Report on sanitation, dispensaries, and jails in Rajputana for 1911, and on vaccination for the year 1911-1912 - 1911-1912
Year: 1911
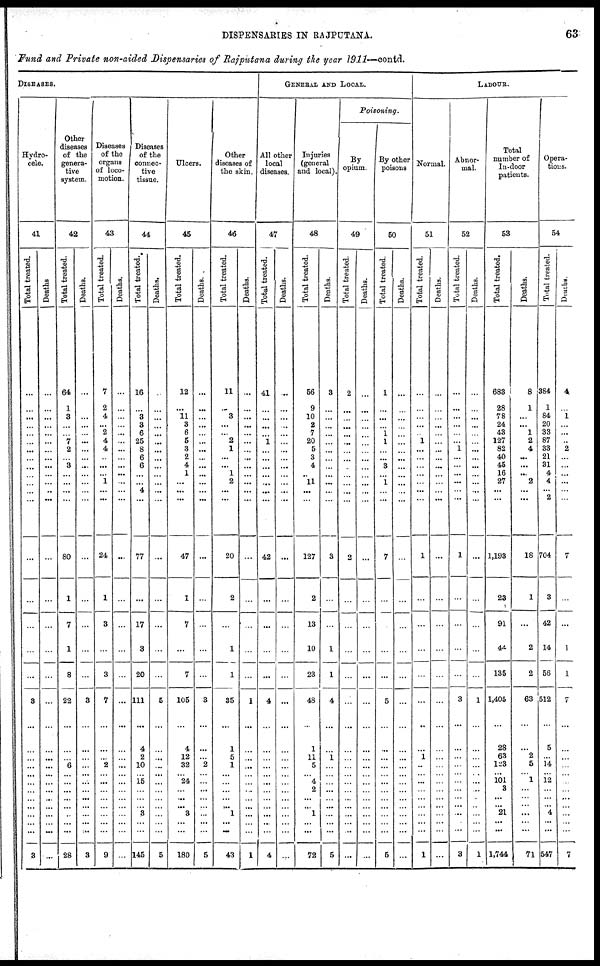
DISPENSARIES IN RAJPUTANA.
63
Fund and Private non-aided Dispensaries of Rajputana during the year 1911—contd.
DISEASES.
Hydro-
cele.
41
Total treated.
...
...
...
...
...
...
...
...
...
...
...
...
...
...
...
...
...
...
3
...
...
...
...
...
...
...
...
...
...
...
...
3
Deaths
...
...
...
...
...
...
...
...
...
...
...
...
...
...
...
...
...
...
...
...
...
...
...
...
...
...
...
...
...
...
...
...
Other
diseases
of the
genera-
tive
system.
42
Total treated.
64
1
3
...
...
7
2
...
3
...
...
...
...
80
1
7
1
8
22
...
...
...
6
...
...
...
...
...
...
...
...
28
Deaths.
...
...
...
...
...
...
...
...
...
...
...
...
...
...
...
...
...
3
...
...
...
...
...
...
...
...
... ...
...
...
3
Diseases
of the
organs
of loco-
motion.
43
Total treated.
7
2
4
...
2
4
4
...
...
...
1
...
...
24
1
3
...
3
7
...
...
...
2
... ...
...
...
...
...
...
...
9
Deaths.
...
...
...
...
...
...
...
...
...
...
...
...
...
...
...
...
...
...
...
...
...
...
...
... ...
...
...
...
...
...
...
...
Diseases
of the
connec-
tive
tissue.
44
Total treated.
16
...
3
3
6
25
8
6
6
...
...
4
...
77
...
17
3
20
111
...
4
2
10
... 15
...
...
... 3
...
...
145
Deaths.
...
...
...
...
...
...
...
...
...
...
...
...
...
...
...
...
...
5
...
...
...
...
...
...
...
...
...
...
...
...
5
Ulcers.
45
Total treated.
12
...
11
3
6
5
3
2
4
1
...
...
...
47
1
7
...
7
105
...
4
12
32
... 24
...
...
...
3
...
...
180
Deaths.
...
...
...
...
...
...
...
...
...
...
...
...
...
...
...
...
...
...
3
...
...
...
2
...
...
...
...
...
...
...
...
5
Other
diseases of
the skin.
46
Total treated.
11
...
3
...
...
2
1
...
...
1
2
...
...
20
2
...
1
1
35
...
1
5
1
...
...
...
...
... 1
...
...
43
Deaths.
...
...
...
...
...
...
...
...
...
...
...
...
...
...
...
...
...
...
1
...
...
...
...
...
...
...
...
...
...
...
...
1
GENERAL AND LOCAL.
All other
local
diseases.
47
Total treated.
41
...
...
...
...
1
...
...
...
...
...
...
...
42
...
...
...
...
4
...
...
...
...
...
...
...
...
...
...
...
...
4
Deaths.
...
...
...
...
...
...
...
...
...
...
...
...
...
...
...
...
...
...
...
...
...
...
...
...
...
...
...
...
...
...
...
...
Injuries
(goneral
and local).
48
Total treated.
56
9
10
2
7
20
5
3
4
...
11
...
...
127
2
13
10
23
48
...
1
11
5
... 4
2
...
...
1
...
...
72
Deaths.
3
...
...
...
...
...
...
...
...
...
...
...
...
3
...
...
1
1
4
...
...
1
...
...
...
...
...
...
...
...
...
5
Poisoning.
By
opium.
49
Total treated.
2
...
...
...
...
...
...
...
...
...
...
...
...
2
...
...
...
...
...
...
...
...
...
...
...
...
...
...
...
...
...
...
Deaths.
...
...
...
...
...
...
...
...
...
...
...
...
...
...
...
...
...
...
...
...
...
...
...
...
...
...
...
...
...
...
...
...
By other
poisons
50
Total treated.
1
...
...
...
1
1
...
...
3
...
1
...
...
7
...
...
...
...
5
...
...
...
...
...
...
...
...
...
...
...
...
5
Deaths.
...
...
...
...
...
...
...
...
...
...
...
...
...
...
...
...
...
...
...
...
...
...
...
...
...
...
...
...
...
...
...
...
LABOUR.
Normal.
51
Total treated.
...
...
...
...
...
1
...
...
...
...
...
...
...
1
...
...
...
...
...
...
...
1
...
... ...
...
...
...
...
...
...
1
Deaths.
...
...
...
...
...
...
...
...
...
...
...
...
...
...
...
...
...
...
...
...
...
...
...
...
...
...
...
...
...
...
...
...
Abnor-
mal.
52
Total treated.
...
...
...
...
...
...
1
...
...
...
...
...
...
1
...
...
...
...
3
...
...
...
...
...
...
...
...
... ...
...
...
3
Deaths.
...
...
...
...
...
...
...
...
...
...
...
...
...
...
...
...
...
...
1
...
...
...
...
... ...
...
...
...
...
...
...
1
Total
number of
In-door
patients.
53
Total treated.
683
28
78
24
43
127
82
40
45
16
27
...
...
1,193
23
91
44
135
1,405
...
28
63
123
...
101
3
...
...
21
...
...
1,744
Deaths.
8
1
...
...
1
2
4
...
...
...
2
...
...
18
1
...
2
2
63
...
...
2
5
... 1
...
...
... ...
...
...
71
Opera-
tions.
54
Total treated.
384
1
84
20
33
87
33
21
31
4
4
...
2
704
3
42
14
56
512
...
5
...
14
... 12
...
...
... 4
...
...
547
Deaths.
4
...
1
...
...
...
2
...
...
...
...
...
...
7
...
...
1
1
7
...
...
...
...
...
...
...
...
...
...
...
...
7